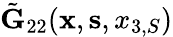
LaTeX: \tilde{\mathbf G}_{22}({\mathbf x},{\mathbf s},x_{3,S})